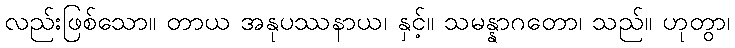
လည်းဖြစ်သော။ တာယ အနုပဿနာယ၊ နှင့်။ သမန္နာဂတော၊ သည်။ ဟုတွာ၊